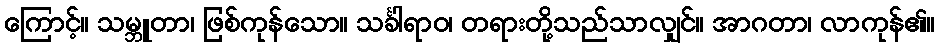
ကြောင့်။ သမ္ဘူတာ၊ ဖြစ်ကုန်သော။ သင်္ခါရာဝ၊ တရားတို့သည်သာလျှင်။ အာဂတာ၊ လာကုန်၏။